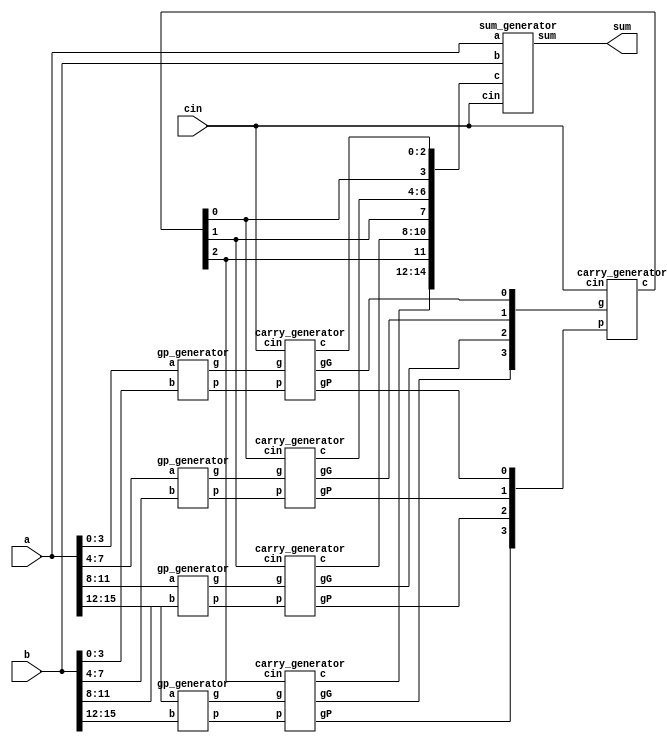
module CLA_16bit(a,b,cin,sum);

    input  [15:0] a,b;
    input cin;
    output [15:0] sum;
    
    wire [15:0] g,p;
    wire [15:1] c;
    wire [3:0] gG,gP;
    
    //Write down your design here ---//
	
	  //generate g & p
    gp_generator gp1(a[3:0],b[3:0],g[3:0],p[3:0]);
	gp_generator gp2(a[7:4],b[7:4],g[7:4],p[7:4]);
    gp_generator gp3(a[11:8],b[11:8],g[11:8],p[11:8]);
    gp_generator gp4(a[15:12],b[15:12],g[15:12],p[15:12]);
	  //generate gG & gP, generate carries

	  //generate carries c4, c8, c12
    carry_generator c0(g[3:0],p[3:0],cin,c[3:1],gG[0],gP[0]);
	carry_generator c1(g[7:4],p[7:4],c[4],c[7:5],gG[1],gP[1]);
	carry_generator c2(g[11:8],p[11:8],c[8],c[11:9],gG[2],gP[2]);
	carry_generator c3(g[15:12],p[15:12],c[12],c[15:13],gG[3],gP[3]);

    carry_generator c4(gG[3:0],gP[3:0],cin,{c[12],c[8],c[4]}, ,);
    
    sum_generator sm(a,b,cin,c[15:1],sum);
		
	  //generate sum

    //-------------------------------//

endmodule

module gp_generator(a,b,g,p);

    input  [3:0] a,b;
    output [3:0] g,p;
   
    assign g = a & b;   // g = a x b
    assign p = a ^ b;   // p = a + b

endmodule

module carry_generator(g,p,cin,c,gG,gP);

    input [3:0] g,p;
    input cin;
    output gG,gP;
    output [3:1] c;

    //create gG and gP
    assign gG = g[3] | (p[3] & g[2]) | (p[3] & p[2] & g[1]) | (p[3] & p[2] & p[1] & g[0]);
	assign gP = p[3] & p[2] & p[1] & p[0];

    //create carries
    assign c[1] = g[0] | (p[0] & cin);
    assign c[2] = g[1] | (p[1] & g[0]) | (p[1] & p[0] & cin);
    assign c[3] = g[2] | (p[2] & g[1]) | (p[2] & p[1] & g[0]) | (p[2] & p[1] & p[0] & cin);

endmodule

module sum_generator(a,b,cin,c,sum);

    input  [15:0] a,b;
    input cin;
    input  [15:1] c;
    output [15:0] sum;

    //sum = a ^ b ^ c;
    assign sum = a ^ b ^ {c,cin};

endmodule